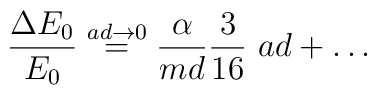
{\Delta E_0\over E_0} \stackrel{ad\to 0}{=}{\alpha\over md}{3\over 16}\ {a  d} +\ldots